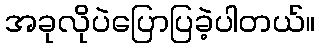
အခုလိုပဲပြောပြခဲ့ပါတယ်။